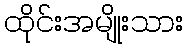
ထိုင်းအမျိုးသား